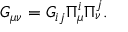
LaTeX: G _ { \mu \nu } = G _ { i j } \Pi _ { \mu } ^ { i } \Pi _ { \nu } ^ { j } .